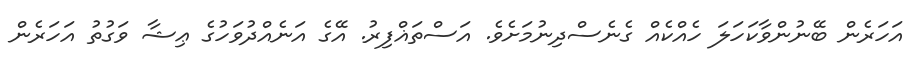
އަހަރެން ބޭނުންވާކަހަލަ ހެއްކެއް ގެނެސްދިނުމަށެވެ. އަސްތަޣްފިރު. އޭގެ އަނެއްދުވަހުގެ ޢިޝާ ވަގުތު އަހަރެން